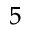
^ { 5 }